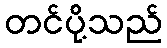
တင်ပို့သည်